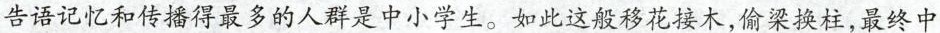
告语记忆和传播得最多的人群是中小学生。如此这般移花接木，偷梁换柱，最终中